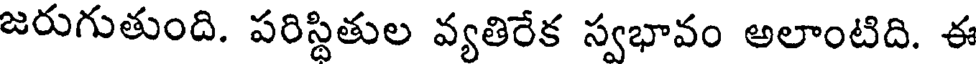
జరుగుతుంది. పరిస్థితుల వ్యతిరేక స్వభావం అలాంటిది. ఈ